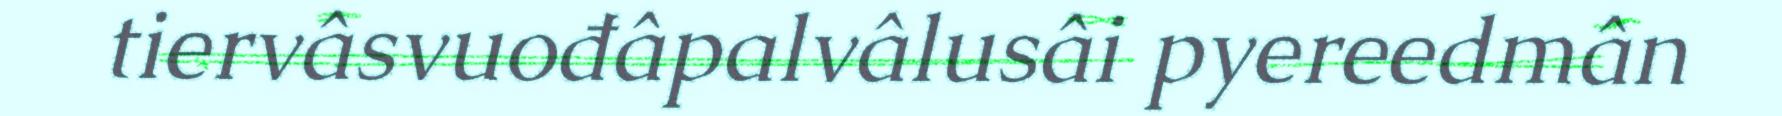
tiervâsvuođâpalvâlusâi pyereedmân